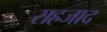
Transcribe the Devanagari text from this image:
सहजाद